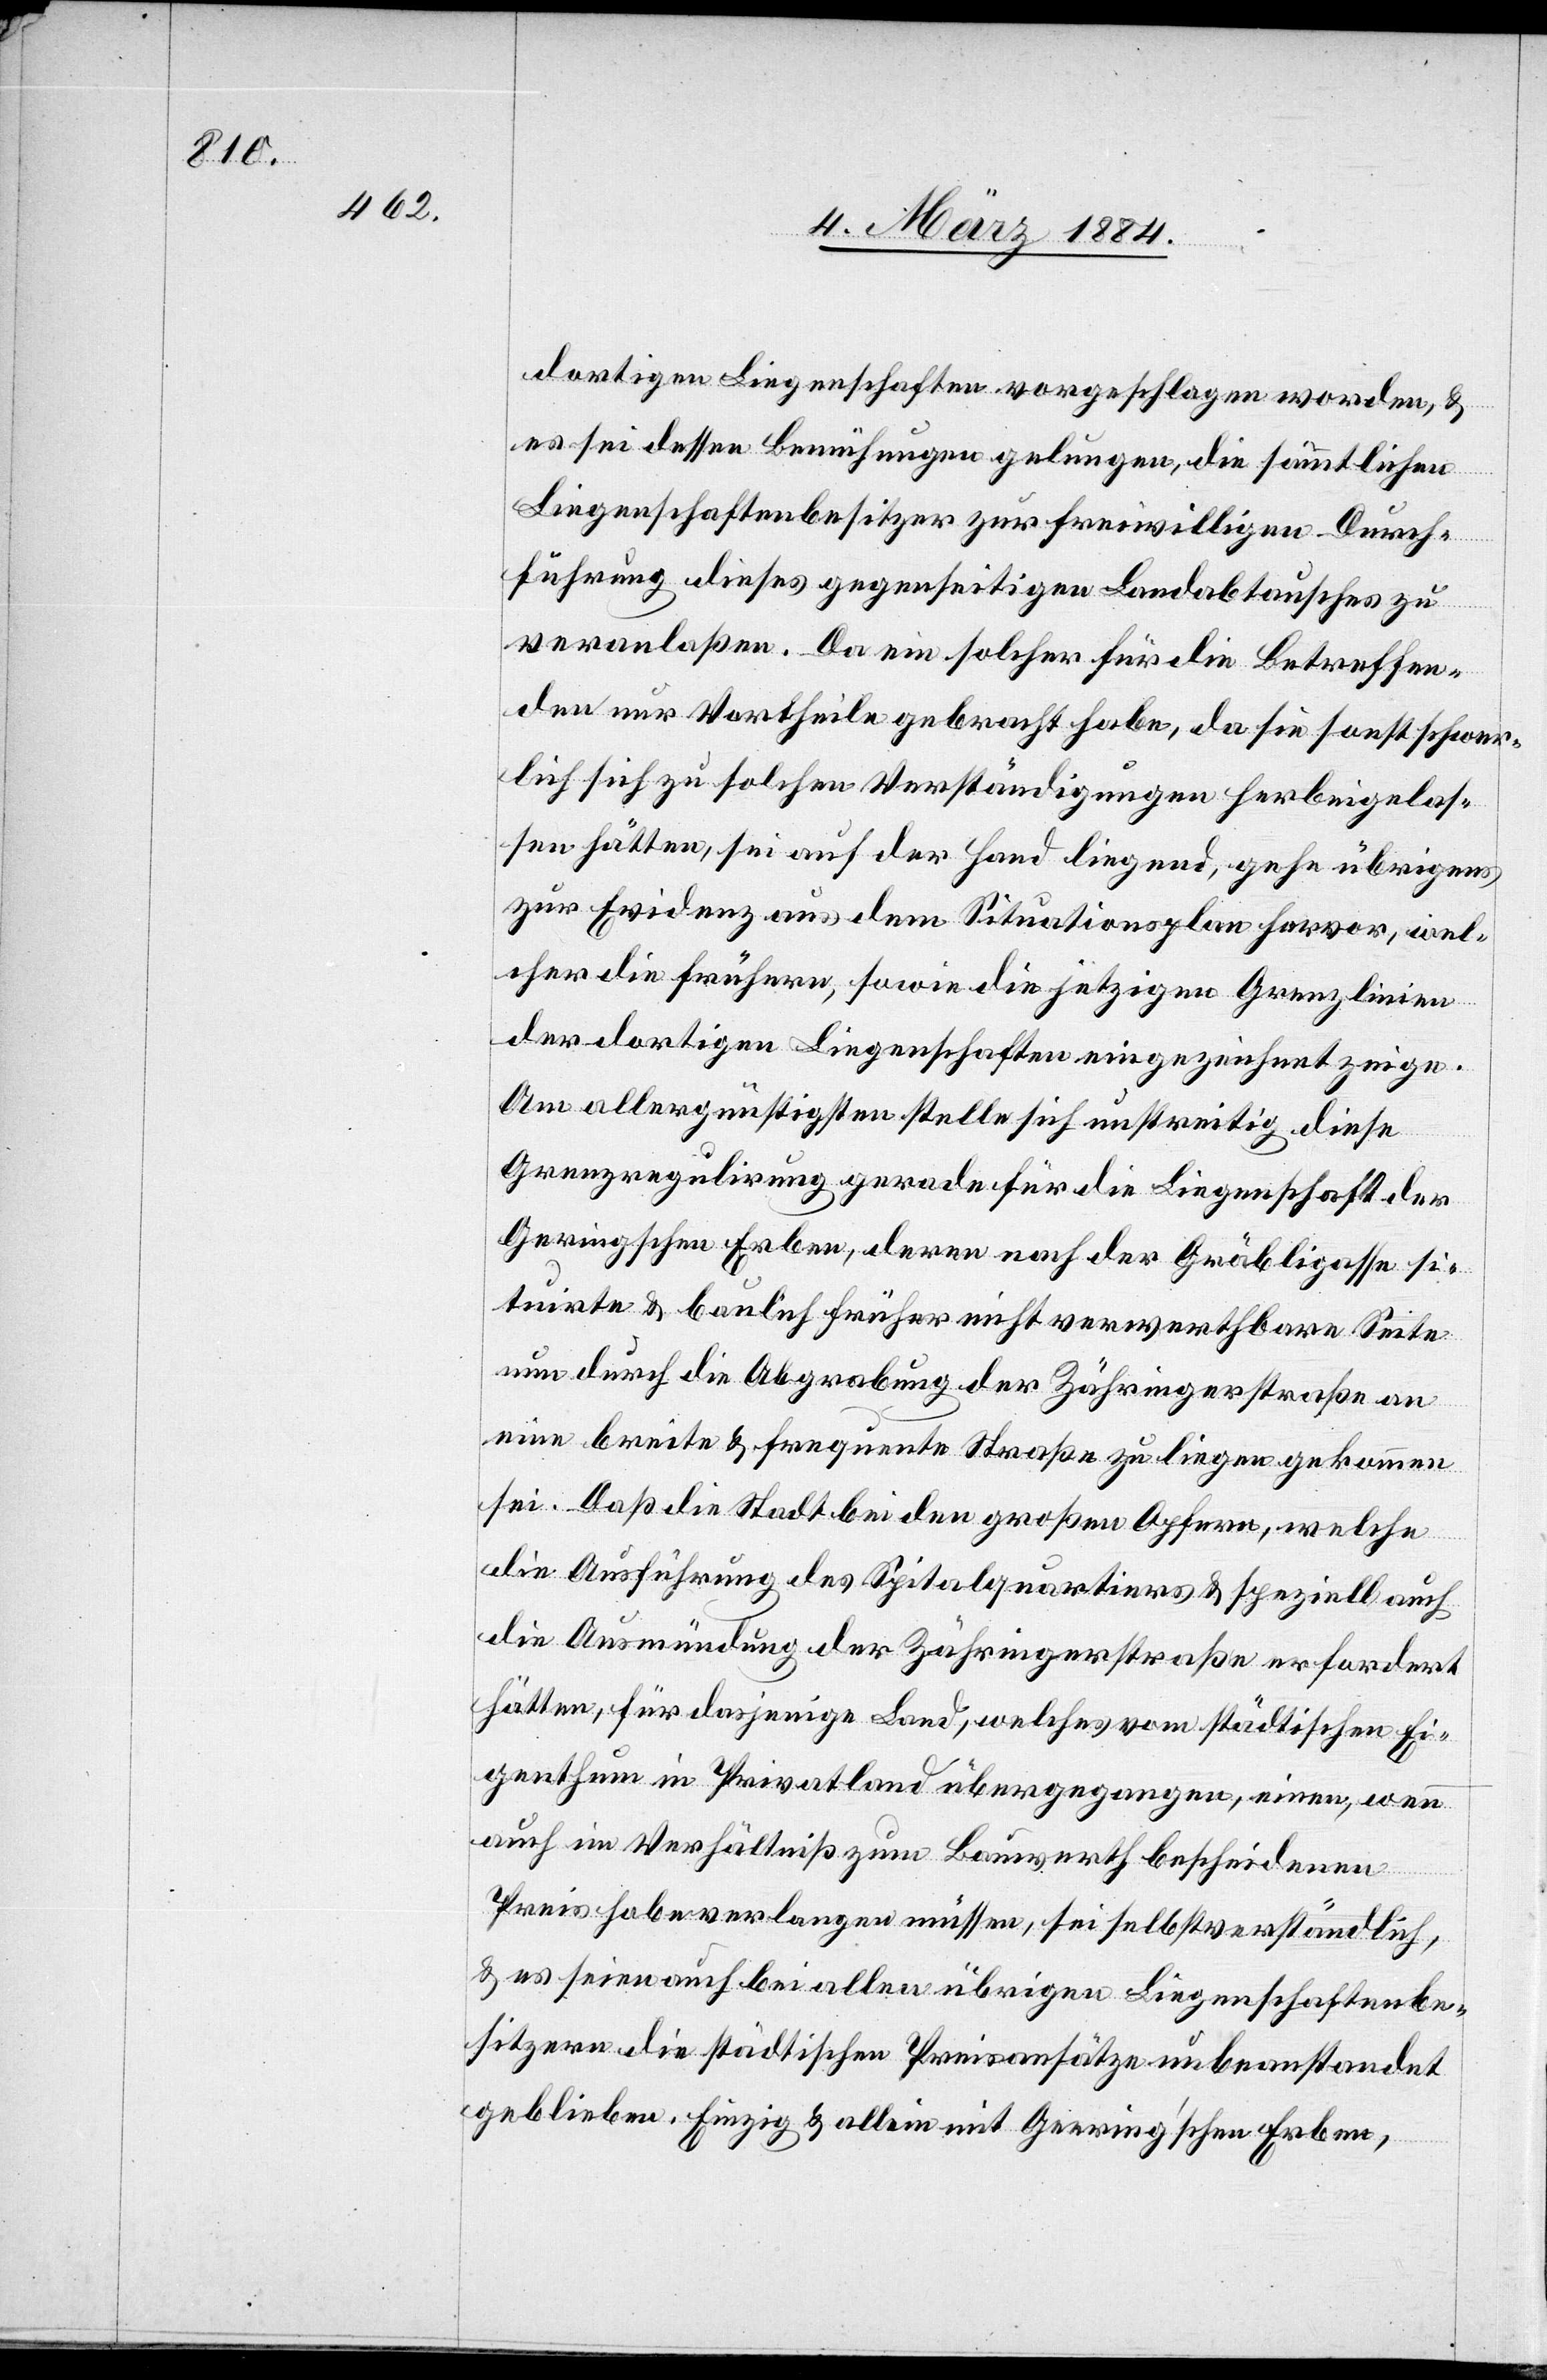
dortigen Liegenschaften vorgeschlagen worden, &
es sei dessen Bemühungen gelungen, die sämmtlichen
Liegenschaftenbesitzer zur freiwilligen Durch¬
führung dieses gegenseitigen Landabtausches zu
veranlaßen. Dass ein solcher für die Betreffen¬
den nur Vortheile gebracht habe, da sie sonst schwer¬
lich sich zu solchen Verständigungen herbeigelas¬
sen hätten, sei auf der Hand liegend, gehe übrigens
zur Evidenz aus dem Situationsplan hervor, wel¬
cher die frühern, sowie die jetzigen Grenzlinien
der dortigen Liegenschaften eingezeichnet zeige.
Am allergünstigsten stelle sich unstreitig diese
Grenzregulirung gerade für die Liegenschaft der
Geeringschen Erben, deren nach der Gräbligasse si¬
tuirte & baulich früher nicht verwerthbare Seite
nun durch die Abgrabung der Zähringerstraße an
eine breite & frequentirte Straße zu liegen gekommen
sei. Daß die Stadt bei den großen Opfern, welche
die Ausführung des Spitalquartier & speziell auch
die Ausmündung der Zähringerstraße erfordert
hätten, für dasjenige Land, welches vom städtischen Ei¬
genthum in Privatland übergegangen, einen wenn
auch im Verhältniß zum Bauwerth bescheidenen
Preis habe verlangen müssen, sei selbstverständlich,
& es seien auch bei allen übrigen Liegenschaftenbe¬
sitzern die städtische Preisansätze unbeanstandet
geblieben. Einzig & allein mit Geering’schen Erben,